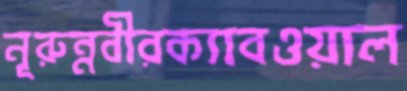
নূরুন্নবীরক্যাবওয়াল